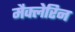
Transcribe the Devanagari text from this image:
मैक्लेरिन